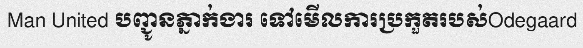
Man United បញ្ជូនភ្នាក់ងារ ទៅមើលការប្រកួតរបស់Odegaard